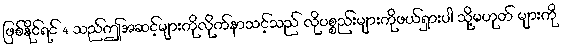
ဖြစ်နိုင်ရင် 4 သည်ဤအဆင့်များကိုလိုက်နာသင့်သည် လိုပစ္စည်းများကိုဖယ်ရှားပါ သို့မဟုတ် များကို